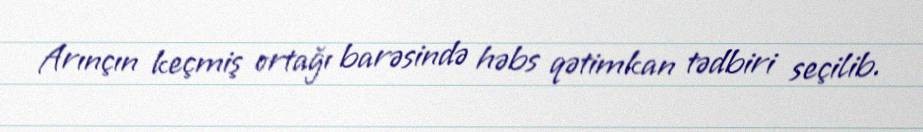
Arınçın keçmiş ortağı barəsində həbs qətimkan tədbiri seçilib.